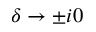
\delta \to \pm i 0